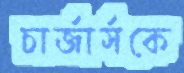
চার্জার্সকে